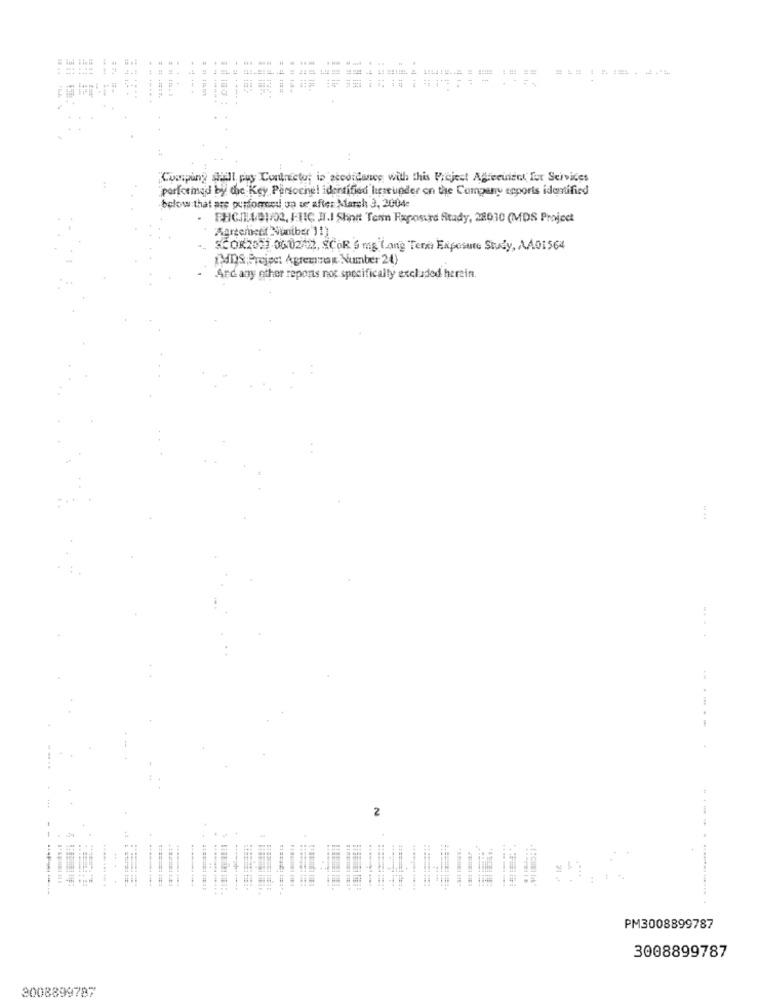
..
--
.-
=== = = === = +.1
...
Comping sall puy Contrectos in accordance with this Project Agreeintet for Services
porformad by the Key Persochel identified lipseunder on the Company reports identified
below that are performedl, un se after March 3, 2004
. PHCHI1/01/02, FUIC II.I Shot Tonn Faposure Study, 28010 (MDS Project
Agreement Nuniber'11)
SCOR2001 0602/22, ECOR 5 mg Lang Terni Exposure Study, AA01564
(MD)S,Project Agremmag Number 24)
And any other reports not specifically excluded herein.
------
2
...
===== #:1 ::
............
t t.
.... . ................
PM3008899787
3008899787
3008899797